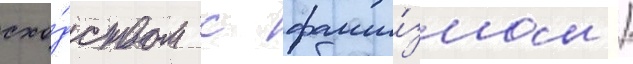
схо́дством с фаши́змом /